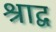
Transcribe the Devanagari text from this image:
श्राद्व